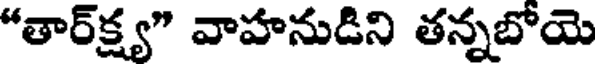
"తార్క్ష్య" వాహనుడిని తన్నబోయె